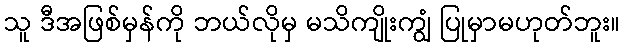
သူ ဒီအဖြစ်မှန်ကို ဘယ်လိုမှ မသိကျိုးကျွံ ပြုမှာမဟုတ်ဘူး။